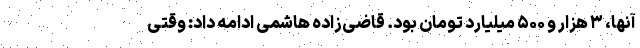
آنها، ۳ هزار و ۵۰۰ میلیارد تومان بود. قاضی‌زاده هاشمی ادامه داد: وقتی